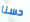
حسنا